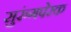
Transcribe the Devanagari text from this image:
सुरुंगपेरक